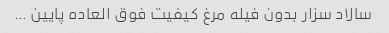
سالاد سزار بدون فیله مرغ کیفیت فوق العاده پایین …